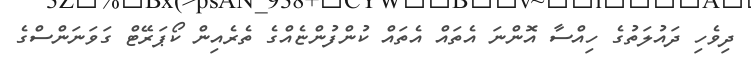
ދިވެހި ދައުލަތުގެ ހިއްސާ އޮންނަ އެތައް އެތައް ކުންފުންޏެއްގެ ތެރެއިން ކޯޕަރޭޓް ގަވަނަންސްގެ